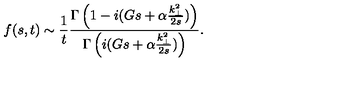
f ( s , t ) \sim { \frac { 1 } { t } } { \frac { \Gamma \left( 1 - i ( G s + \alpha { \frac { k _ { \perp } ^ { 2 } } { 2 s } } ) \right) } { \Gamma \left( i ( G s + \alpha { \frac { k _ { \perp } ^ { 2 } } { 2 s } } ) \right) } } .